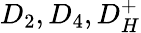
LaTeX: D_{2},D_{4},D_{H}^{+}